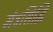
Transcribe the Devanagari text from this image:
मंत्रसिद्धि